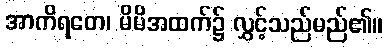
အာကိရတေ၊ မိမိအထက်၌ လွှင့်သည်မည်၏။